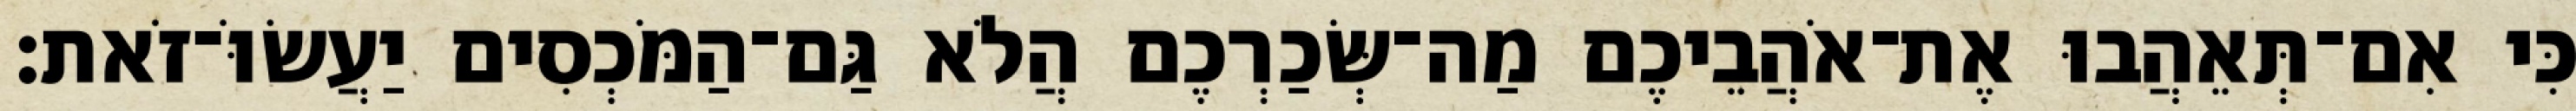
כִּי אִם־תְּאֵהֲבוּ אֶת־אֹהֲבֵיכֶם מַה־שְּׂכַרְכֶם הֲלֹא גַּם־הַמֹּכְסִים יַעֲשׂוֹּ־זֹאת׃